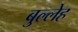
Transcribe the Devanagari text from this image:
बुल्लेह